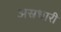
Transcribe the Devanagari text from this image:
अस्रधारी